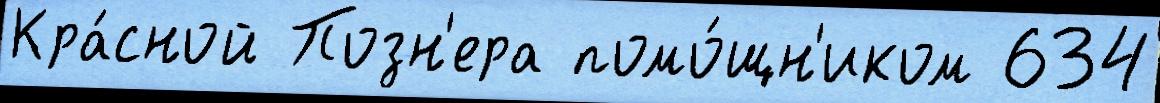
Кра́сной Позн'ера помо́щн'иком 634